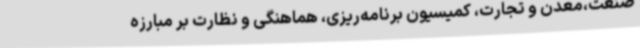
صنعت،معدن و تجارت، کمیسیون برنامه‌ریزی، هماهنگی و نظارت بر مبارزه